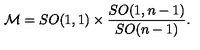
{ \cal M } = { S O ( 1 , 1 ) } \times { \frac { S O ( 1 , n - 1 ) } { S O ( n - 1 ) } } .